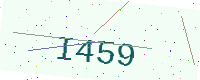
Text: I459